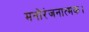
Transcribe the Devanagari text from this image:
मनोरंजनात्मक।